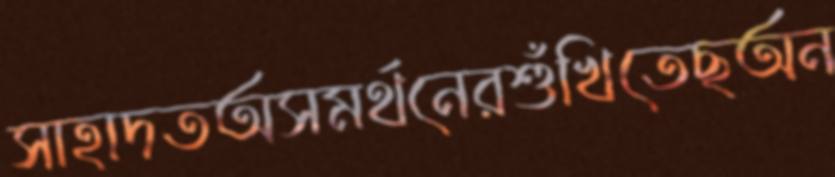
সাহাদতঅসমর্থনেরশুঁখিতেছঅন